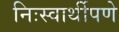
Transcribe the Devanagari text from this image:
निःस्वार्थीपणे